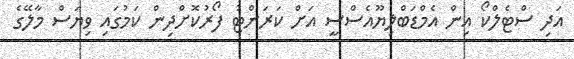
އަދި ސްޓެލްކޯ އިން އެމްޑަބްލިޔޫއެސްސީ އަށް ކަރަންޓު ފޯރުކޮށްދިން ކަމުގައި ވިޔަސް މާލޭގެ